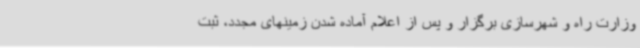
وزارت راه و شهرسازی برگزار و پس از اعلام آماده شدن زمینهای مجدد، ثبت